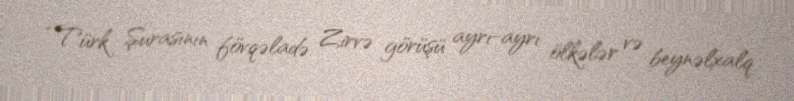
“Türk Şurasının fövqəladə Zirvə görüşü ayrı-ayrı ölkələr və beynəlxalq